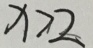
x > 2